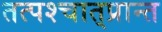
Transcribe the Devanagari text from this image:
तत्पश्‍चात्‌प्रान्त